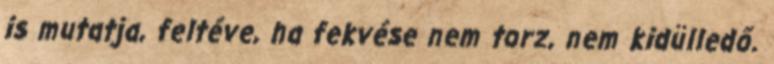
is mutatja, feltéve, ha fekvése nem torz, nem kidülledő.